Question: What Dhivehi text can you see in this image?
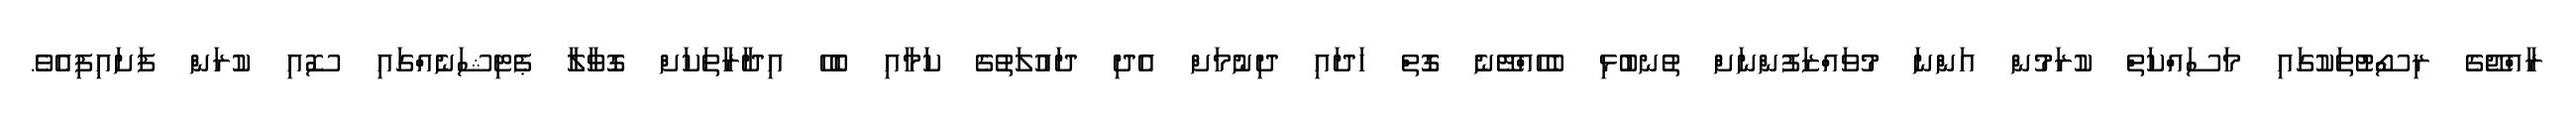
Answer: ރާއްޖޭގެ ރިސޯޓުތަކުގައި މަސައްކަތް ކުރަމުން އަންނަ މުވައްޒަފުންނަށް ތުނބުޅި ބެހެއްޓޭނެ ގޮތް ހަދައި ދިނުމަށް އެދި ދައުލަތުގެ ކަމާއި ބެހޭ އިދާރާތަކަށް ގޮވާލާ ޕެޓިޝަނެއްގައި ސޮއި ކުރަން ފަށައިފިއެވެ.